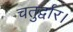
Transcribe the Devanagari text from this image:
चतुर्द्वार।